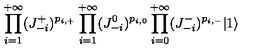
\prod _ { i = 1 } ^ { + \infty } ( J _ { - i } ^ { + } ) ^ { p _ { i , + } } \prod _ { i = 1 } ^ { + \infty } ( J _ { - i } ^ { 0 } ) ^ { p _ { i , 0 } } \prod _ { i = 0 } ^ { + \infty } ( J _ { - i } ^ { - } ) ^ { p _ { i , - } } | 1 \rangle